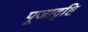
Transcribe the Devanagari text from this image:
पूजादृष्टि